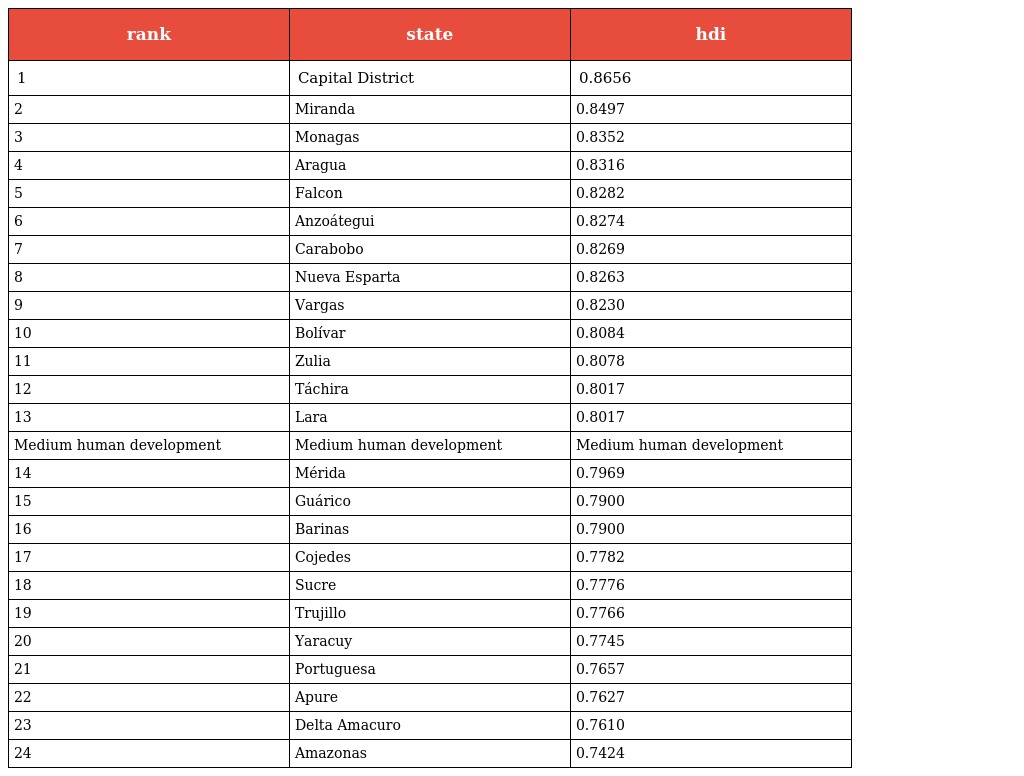
| rank | state | hdi |
 | --- | --- | --- |
 | 1 | Capital District | 0.8656 |
 | 2 | Miranda | 0.8497 |
 | 3 | Monagas | 0.8352 |
 | 4 | Aragua | 0.8316 |
 | 5 | Falcon | 0.8282 |
 | 6 | Anzoátegui | 0.8274 |
 | 7 | Carabobo | 0.8269 |
 | 8 | Nueva Esparta | 0.8263 |
 | 9 | Vargas | 0.8230 |
 | 10 | Bolívar | 0.8084 |
 | 11 | Zulia | 0.8078 |
 | 12 | Táchira | 0.8017 |
 | 13 | Lara | 0.8017 |
 | Medium human development | Medium human development | Medium human development |
 | 14 | Mérida | 0.7969 |
 | 15 | Guárico | 0.7900 |
 | 16 | Barinas | 0.7900 |
 | 17 | Cojedes | 0.7782 |
 | 18 | Sucre | 0.7776 |
 | 19 | Trujillo | 0.7766 |
 | 20 | Yaracuy | 0.7745 |
 | 21 | Portuguesa | 0.7657 |
 | 22 | Apure | 0.7627 |
 | 23 | Delta Amacuro | 0.7610 |
 | 24 | Amazonas | 0.7424 |